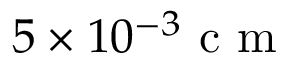
5 \times 1 0 ^ { - 3 } \mathrm { ~ c ~ m ~ }